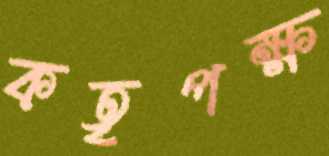
কতৃপক্ষ